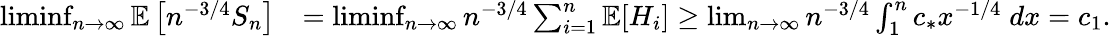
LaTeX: \begin{array}{rl}{\operatorname*{liminf}_{n\rightarrow\infty}\operatorname{\mathbb{E}}\left[n^{-3/4}S_{n}\right]}&{=\operatorname*{liminf}_{n\rightarrow\infty}n^{-3/4}\sum_{i=1}^{n}\operatorname{\mathbb{E}}[H_{i}]\geq\operatorname*{lim}_{n\rightarrow\infty}n^{-3/4}\int_{1}^{n}c_{*}x^{-1/4}\; dx=c_{1}.}\end{array}